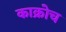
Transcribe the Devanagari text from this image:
काक्रोच